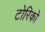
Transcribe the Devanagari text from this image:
टोरिको